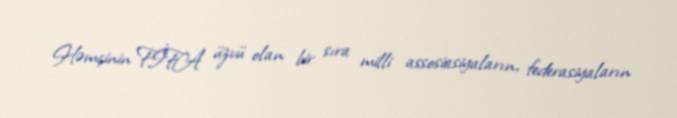
Həmçinin FİFA üzvü olan bir sıra milli assosiasiyaların, federasiyaların